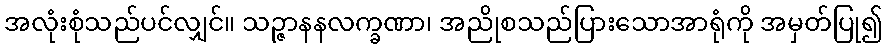
အလုံးစုံသည်ပင်လျှင်။ သဉ္ဇာနနလက္ခဏာ၊ အညိုစသည်ပြားသောအာရုံကို အမှတ်ပြု၍